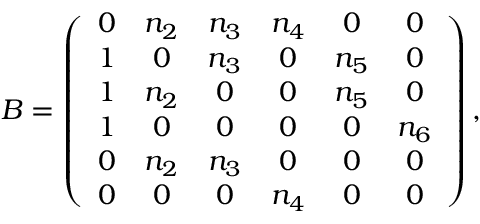
\begin{array} { r } { B = \left( \begin{array} { c c c c c c } { 0 } & { n _ { 2 } } & { n _ { 3 } } & { n _ { 4 } } & { 0 } & { 0 } \\ { 1 } & { 0 } & { n _ { 3 } } & { 0 } & { n _ { 5 } } & { 0 } \\ { 1 } & { n _ { 2 } } & { 0 } & { 0 } & { n _ { 5 } } & { 0 } \\ { 1 } & { 0 } & { 0 } & { 0 } & { 0 } & { n _ { 6 } } \\ { 0 } & { n _ { 2 } } & { n _ { 3 } } & { 0 } & { 0 } & { 0 } \\ { 0 } & { 0 } & { 0 } & { n _ { 4 } } & { 0 } & { 0 } \end{array} \right) , } \end{array}